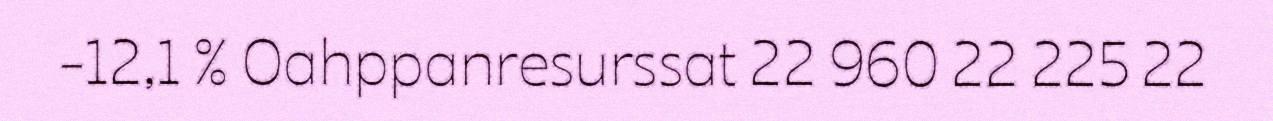
-12,1 % Oahppanresurssat 22 960 22 225 22